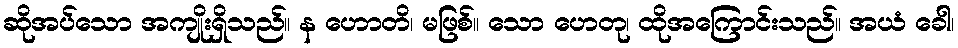
ဆိုအပ်သော အကျိုးရှိသည်။ န ဟောတိ၊ မဖြစ်။ သော ဟေတု၊ ထိုအကြောင်းသည်။ အယံ ခေါ၊